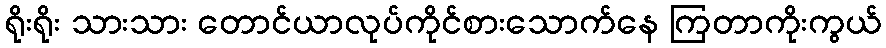
ရိုးရိုး သားသား တောင်ယာလုပ်ကိုင်စားသောက်နေ ကြတာကိုးကွယ်